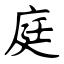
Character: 庭